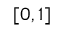
[ 0 , 1 ]